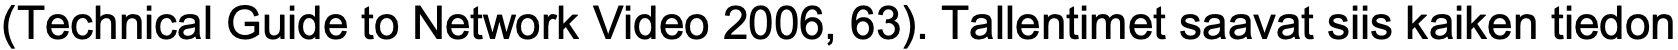
(Technical Guide to Network Video 2006, 63). Tallentimet saavat siis kaiken tiedon